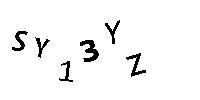
SY13YZ